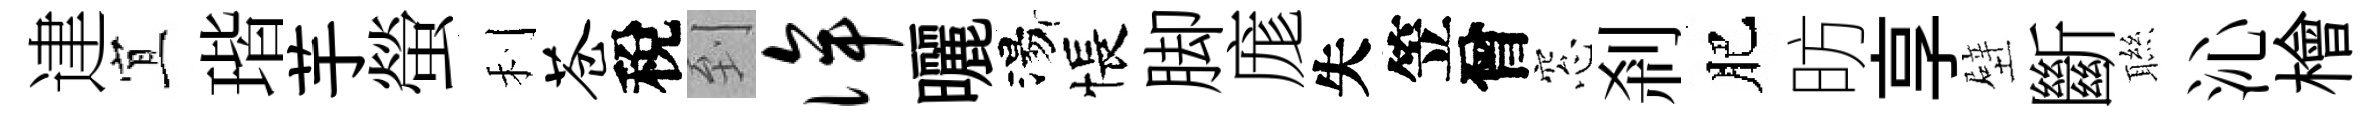
䢖宜瑎芋螢利苍稅到侔曬湯悵脚庬失笠曾窓刹肥昉享壁斷聮沁檜